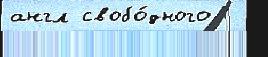
англ свобо́дного